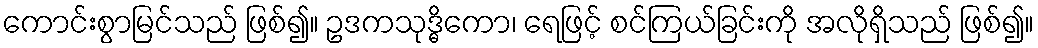
ကောင်းစွာမြင်သည် ဖြစ်၍။ ဥဒကသုဒ္ဓိကော၊ ရေဖြင့် စင်ကြယ်ခြင်းကို အလိုရှိသည် ဖြစ်၍။